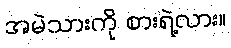
အမဲသားကို စားရဲ့လား။